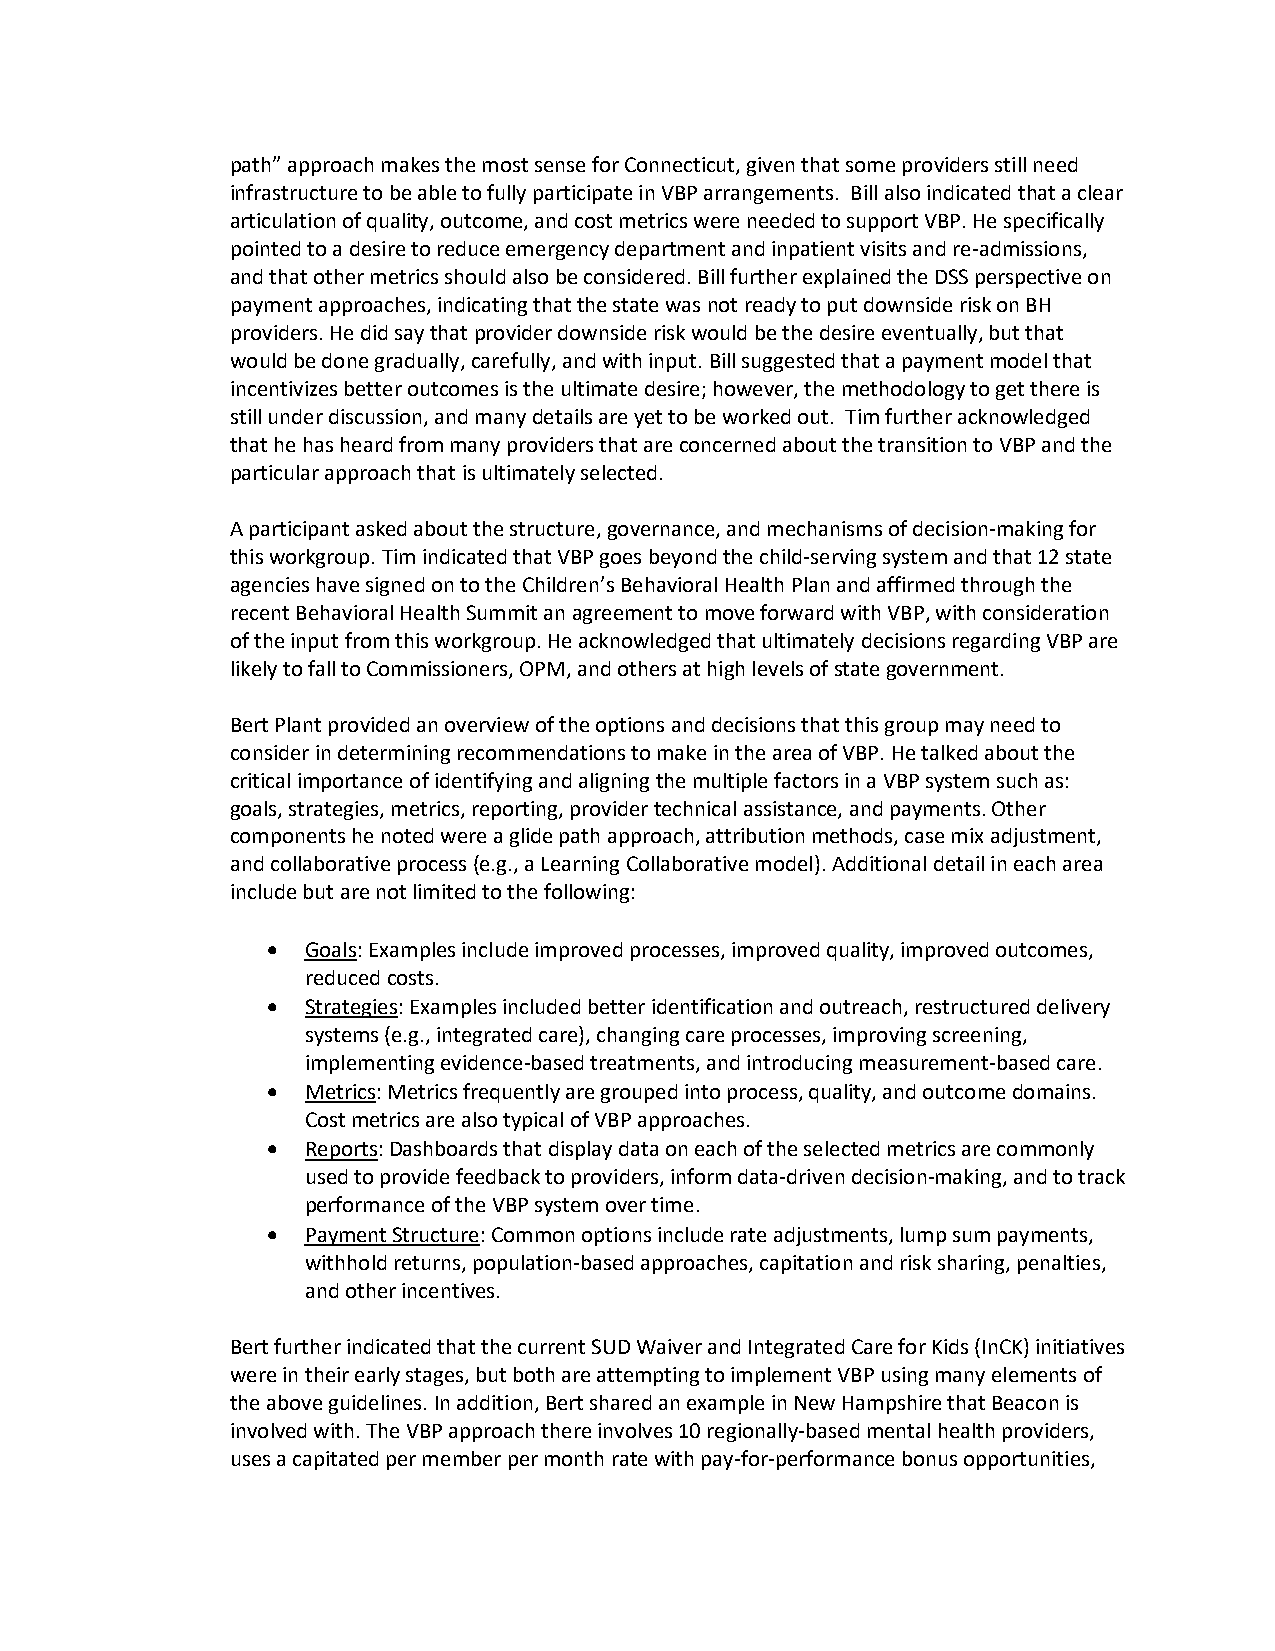
path” approach makes the most sense for Connecticut, given that some providers still need
 infrastructure to be able to fully participate in VBP arrangements. Bill also indicated that a clear
 articulation of quality, outcome, and cost metrics were needed to support VBP. He specifically
 pointed to a desire to reduce emergency department and inpatient visits and re-admissions,
 and that other metrics should also be considered. Bill further explained the DSS perspective on
 payment approaches, indicating that the state was not ready to put downside risk on BH
 providers. He did say that provider downside risk would be the desire eventually, but that
 would be done gradually, carefully, and with input. Bill suggested that a payment model that
 incentivizes better outcomes is the ultimate desire; however, the methodology to get there is
 still under discussion, and many details are yet to be worked out. Tim further acknowledged
 that he has heard from many providers that are concerned about the transition to VBP and the
 particular approach that is ultimately selected.
 A participant asked about the structure, governance, and mechanisms of decision-making for
 this workgroup. Tim indicated that VBP goes beyond the child-serving system and that 12 state
 agencies have signed on to the Children’s Behavioral Health Plan and affirmed through the
 recent Behavioral Health Summit an agreement to move forward with VBP, with consideration
 of the input from this workgroup. He acknowledged that ultimately decisions regarding VBP are
 likely to fall to Commissioners, OPM, and others at high levels of state government.
 Bert Plant provided an overview of the options and decisions that this group may need to
 consider in determining recommendations to make in the area of VBP. He talked about the
 critical importance of identifying and aligning the multiple factors in a VBP system such as:
 goals, strategies, metrics, reporting, provider technical assistance, and payments. Other
 components he noted were a glide path approach, attribution methods, case mix adjustment,
 and collaborative process (e.g., a Learning Collaborative model). Additional detail in each area
 include but are not limited to the following:
 • Goals: Examples include improved processes, improved quality, improved outcomes,
 reduced costs.
 • Strategies: Examples included better identification and outreach, restructured delivery
 systems (e.g., integrated care), changing care processes, improving screening,
 implementing evidence-based treatments, and introducing measurement-based care.
 • Metrics: Metrics frequently are grouped into process, quality, and outcome domains.
 Cost metrics are also typical of VBP approaches.
 • Reports: Dashboards that display data on each of the selected metrics are commonly
 used to provide feedback to providers, inform data-driven decision-making, and to track
 performance of the VBP system over time.
 • Payment Structure: Common options include rate adjustments, lump sum payments,
 withhold returns, population-based approaches, capitation and risk sharing, penalties,
 and other incentives.
 Bert further indicated that the current SUD Waiver and Integrated Care for Kids (InCK) initiatives
 were in their early stages, but both are attempting to implement VBP using many elements of
 the above guidelines. In addition, Bert shared an example in New Hampshire that Beacon is
 involved with. The VBP approach there involves 10 regionally-based mental health providers,
 uses a capitated per member per month rate with pay-for-performance bonus opportunities,